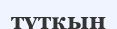
түтқын